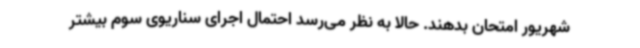
شهریور امتحان بدهند. حالا به نظر می‌رسد احتمال اجرای سناریوی سوم بیشتر